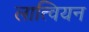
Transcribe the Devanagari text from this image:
लात्वियन